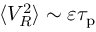
\langle V _ { R } ^ { 2 } \rangle \sim \varepsilon \tau _ { \mathrm { p } }